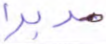
مدبرا